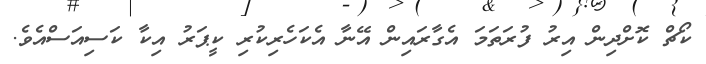
ކޯޗް ކޮށްދިން އިރު ފުރަތަމަ އެގާރައިން އޭނާ އެކަހެރިކުރި ކީޕަރު އިކާ ކަސިއަސްއެވެ.